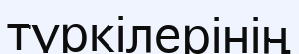
түркілерінің